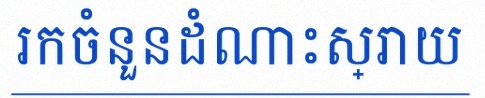
រកចំនួនដំណោះស្រាយ